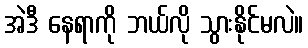
အဲဒီ နေရာကို ဘယ်လို သွားနိုင်မလဲ။